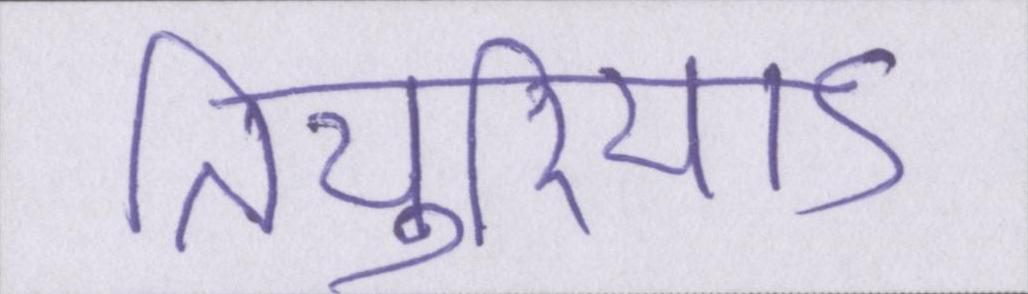
तियुरियाऽ